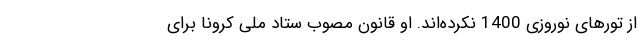
از تورهای نوروزی 1400 نکرده‌اند. او قانون مصوب ستاد ملی کرونا برای